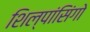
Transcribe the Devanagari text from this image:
शिल्पांसिंगो